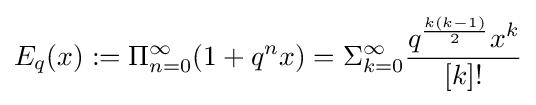
E_{q}(x):=\Pi _{n=0}^{\infty }(1+q^{n}x)=\Sigma _{k=0}^{\infty }{\frac {q^{\frac {k(k-1)}{2}}x^{k}}{[k]!}}